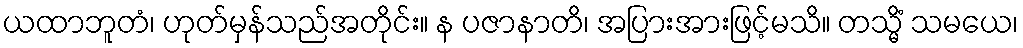
ယထာဘူတံ၊ ဟုတ်မှန်သည်အတိုင်း။ န ပဇာနာတိ၊ အပြားအားဖြင့်မသိ။ တသ္မိံ သမယေ၊